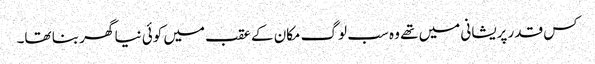
کس قدر پریشانی میں تھے وہ سب لوگ مکان کے عقب میں کوئی نیا گھر بنا تھا۔